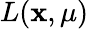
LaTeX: L(\mathbf{x},\mathbf{\mu})